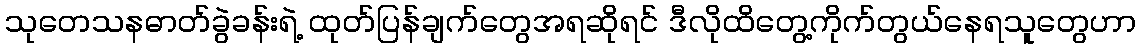
သုတေသနဓာတ်ခွဲခန်းရဲ့ ထုတ်ပြန်ချက်တွေအရဆိုရင် ဒီလိုထိတွေ့ကိုက်တွယ်နေရသူတွေဟာ